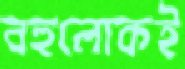
বহুলোকই